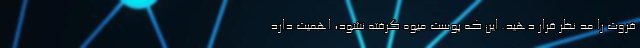
فروت را مد نظر قرار دهید. این که پوست میوه گرفته نشود، اهمیت دارد